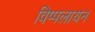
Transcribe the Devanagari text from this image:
विप्पलायन